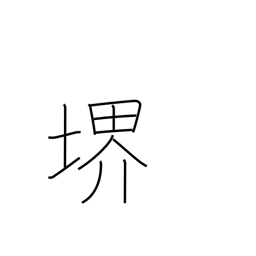
Meaning: world